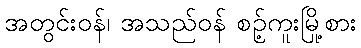
အတွင်းဝန်၊ အသည်ဝန် စဉ့်ကူးမြို့စား